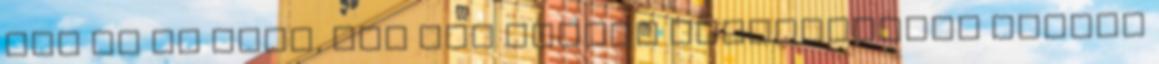
Íme az új rész, nos nem akarom mentegetőzni amiért